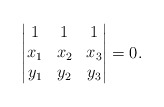
\begin{align*}\begin{vmatrix}1&1&1\\x_1&x_2&x_3\\y_1&y_2&y_3\end{vmatrix}=0.\end{align*}